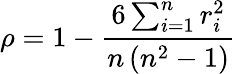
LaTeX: \rho=1-\frac{6\sum_{i=1}^{n}r_{i}^{2}}{n\, (n^{2}-1)}